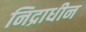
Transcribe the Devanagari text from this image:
निद्राधीन